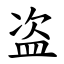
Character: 盗